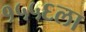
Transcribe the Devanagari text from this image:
१५५६ला